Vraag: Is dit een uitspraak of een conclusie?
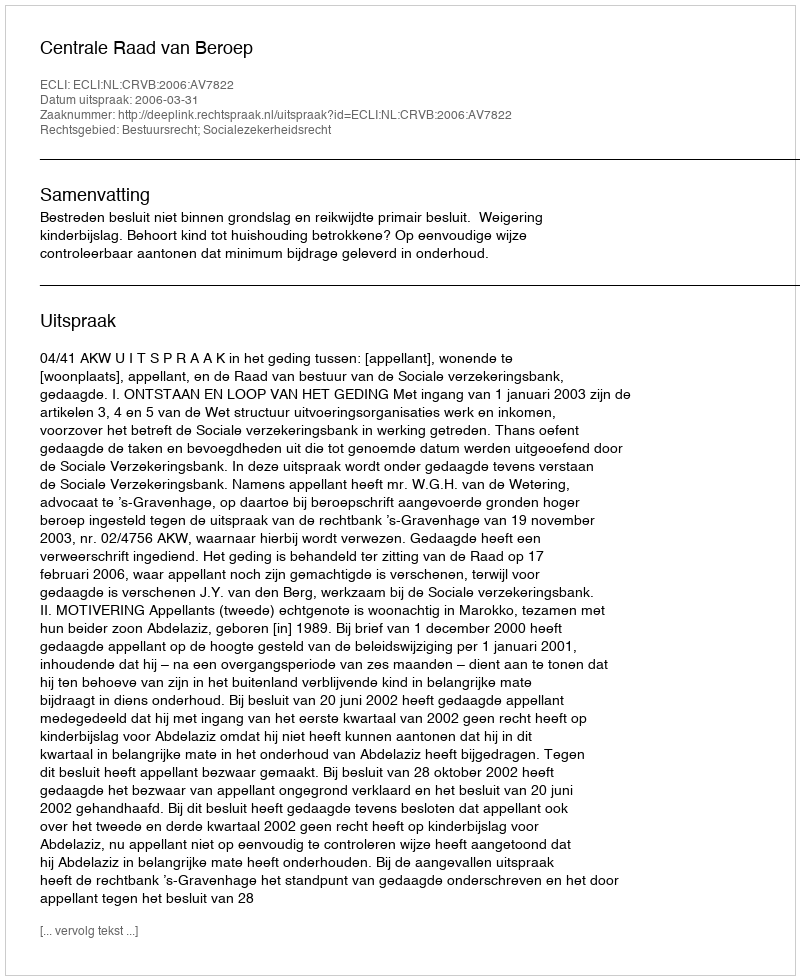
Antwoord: Uitspraak